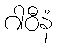
ဂါဝီနံ